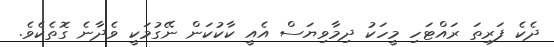
ދެކެ ފަރިތަ ރައްޓަހި މީހަކު ދިމާވިޔަސް އެއީ ކާކުކަން ނޭގުމަކީ ވެދާނެ ގޮތެކެވެ.